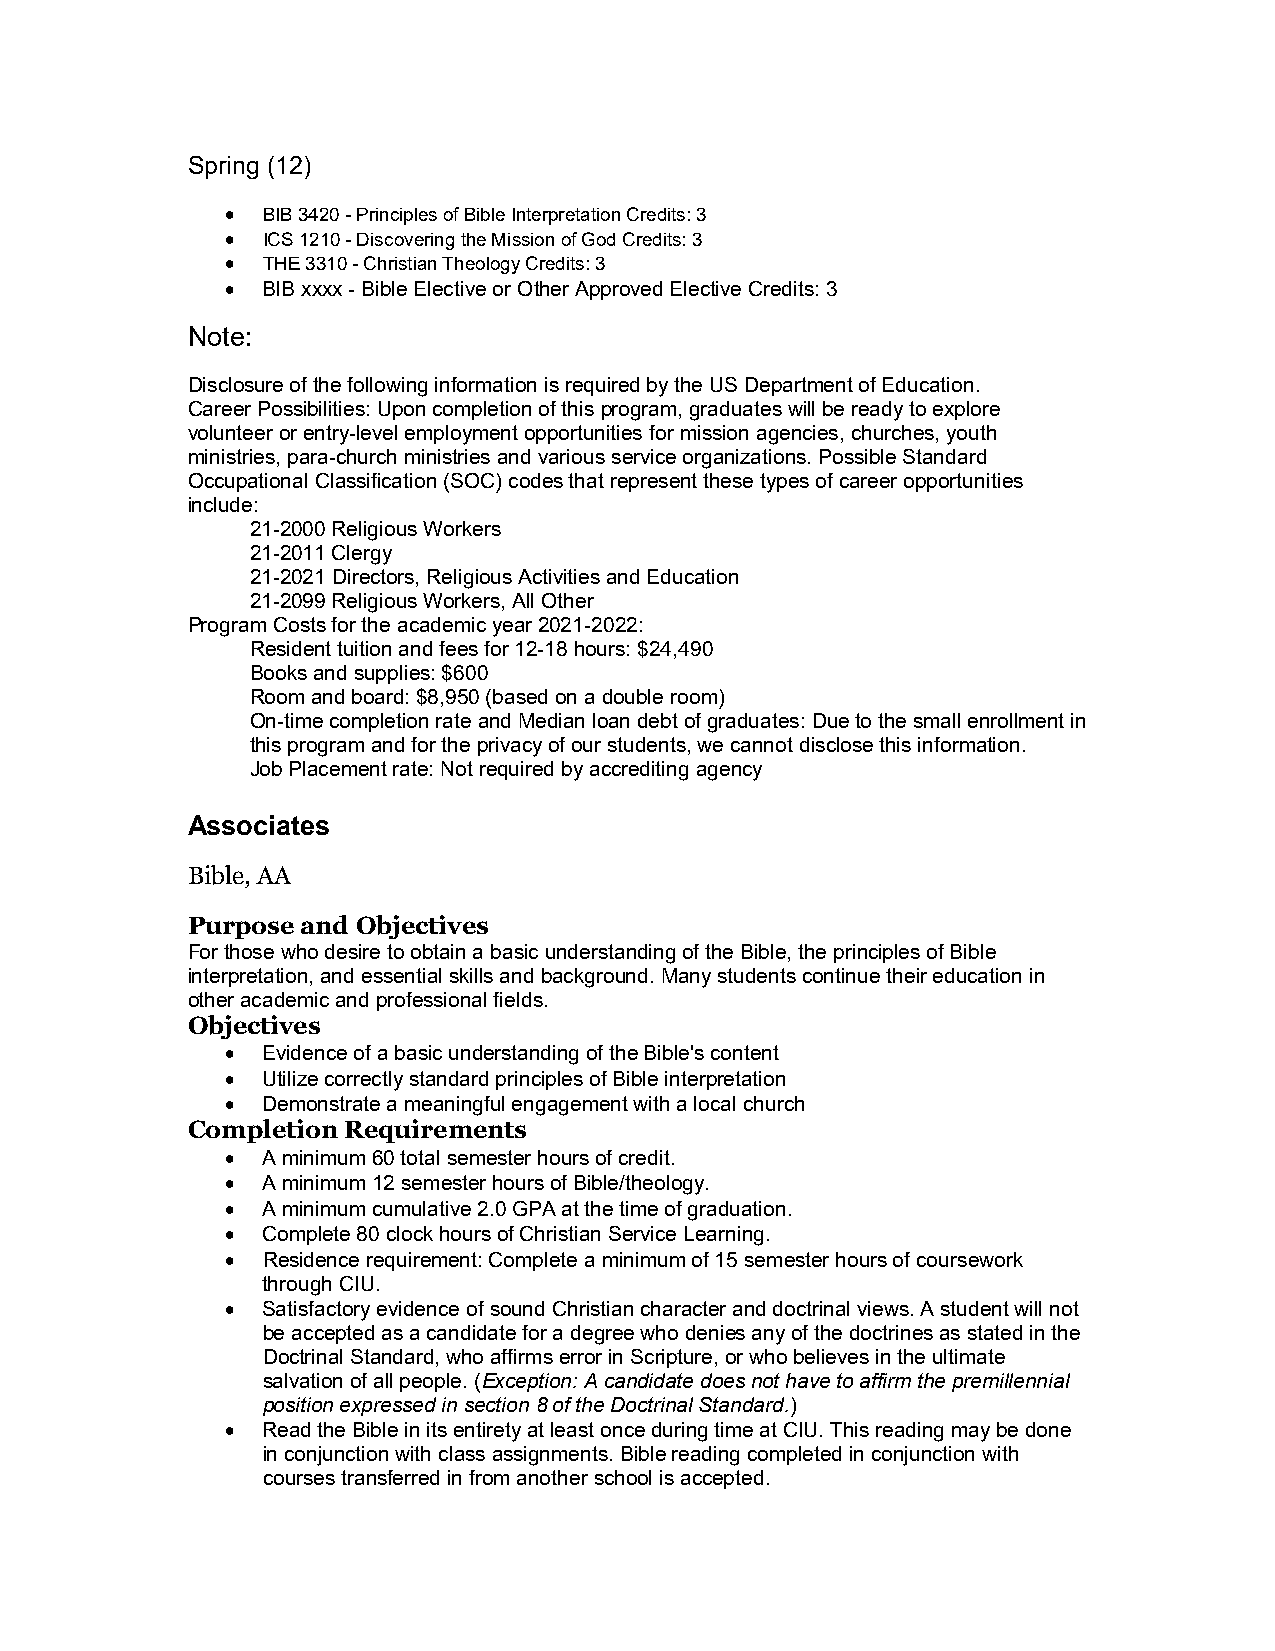
Spring (12)
  BIB 3420 - Principles of Bible Interpretation Credits: 3
  ICS 1210 - Discovering the Mission of God Credits: 3
  THE 3310 - Christian Theology Credits: 3
  BIB xxxx - Bible Elective or Other Approved Elective Credits: 3
 Note:
 Disclosure of the following information is required by the US Department of Education.
 Career Possibilities: Upon completion of this program, graduates will be ready to explore
 volunteer or entry-level employment opportunities for mission agencies, churches, youth
 ministries, para-church ministries and various service organizations. Possible Standard
 Occupational Classification (SOC) codes that represent these types of career opportunities
 include:
 21-2000 Religious Workers
 21-2011 Clergy
 21-2021 Directors, Religious Activities and Education
 21-2099 Religious Workers, All Other
 Program Costs for the academic year 2021-2022:
 Resident tuition and fees for 12-18 hours: $24,490
 Books and supplies: $600
 Room and board: $8,950 (based on a double room)
 On-time completion rate and Median loan debt of graduates: Due to the small enrollment in
 this program and for the privacy of our students, we cannot disclose this information.
 Job Placement rate: Not required by accrediting agency
 Associates
 Bible, AA
 Purpose and Objectives
 For those who desire to obtain a basic understanding of the Bible, the principles of Bible
 interpretation, and essential skills and background. Many students continue their education in
 other academic and professional fields.
 Objectives
  Evidence of a basic understanding of the Bible's content
  Utilize correctly standard principles of Bible interpretation
  Demonstrate a meaningful engagement with a local church
 Completion Requirements
  A minimum 60 total semester hours of credit.
  A minimum 12 semester hours of Bible/theology.
  A minimum cumulative 2.0 GPA at the time of graduation.
  Complete 80 clock hours of Christian Service Learning.
  Residence requirement: Complete a minimum of 15 semester hours of coursework
 through CIU.
  Satisfactory evidence of sound Christian character and doctrinal views. A student will not
 be accepted as a candidate for a degree who denies any of the doctrines as stated in the
 Doctrinal Standard, who affirms error in Scripture, or who believes in the ultimate
 salvation of all people. (Exception: A candidate does not have to affirm the premillennial
 position expressed in section 8 of the Doctrinal Standard.)
  Read the Bible in its entirety at least once during time at CIU. This reading may be done
 in conjunction with class assignments. Bible reading completed in conjunction with
 courses transferred in from another school is accepted.